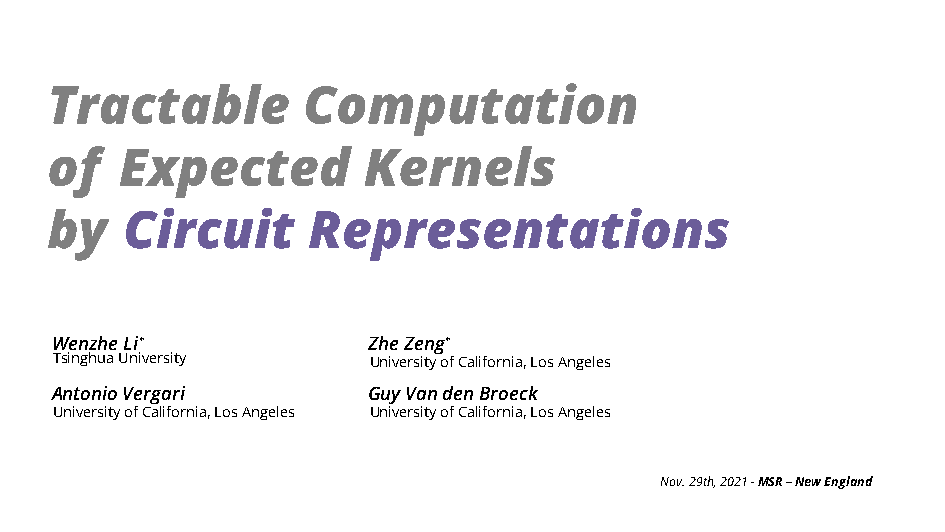
Tractable        Computation
 of   Expected        Kernels
 by   Circuit     Representations
 WenzheLi∗            ZheZeng∗
 TsinghuaUniversity  UniversityofCalifornia,LosAngeles
 AntonioVergari       GuyVandenBroeck
 UniversityofCalifornia,LosAngeles UniversityofCalifornia,LosAngeles
 Nov.29th,2021-MSR–NewEngland